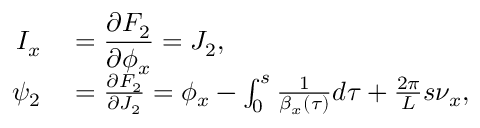
\begin{array} { r l } { \displaystyle I _ { x } } & { { } \displaystyle = \frac { \partial F _ { 2 } } { \partial \phi _ { x } } = J _ { 2 } , } \\ { \displaystyle \psi _ { 2 } } & { { } = \frac { \partial F _ { 2 } } { \partial J _ { 2 } } = \phi _ { x } - \int _ { 0 } ^ { s } { \frac { 1 } { \beta _ { x } \left( \tau \right) } d \tau } + \frac { 2 \pi } { L } s \nu _ { x } , } \end{array}